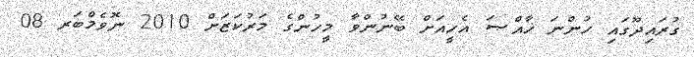
ގުރައިދޫގައި ހުންނަ ޚާއްޞަ އެހީއަށް ބޭނުންވާ މީހުންގެ މަރުކަޒަށް 2010 ނޮވެމްބަރ 08